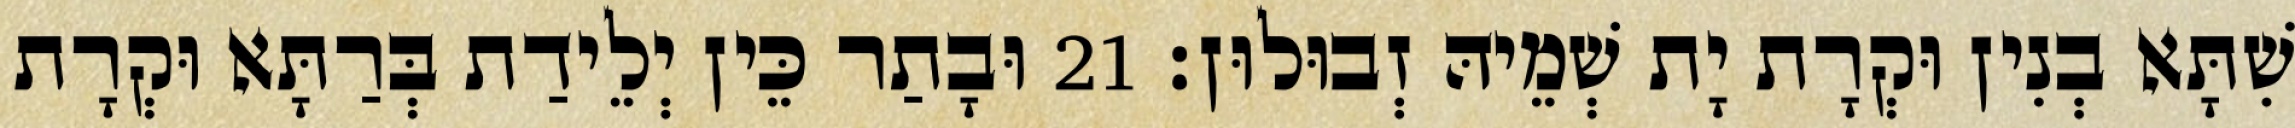
שִׁתָּא בְנִין וּקְרָת יָת שְׁמֵיהּ זְבוּלוּן׃ 21 וּבָתַר כֵּין יְלֵידַת בְּרַתָּא וּקְרָת